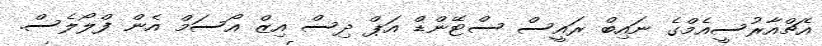
އެޗްއާރުސީއެމްގެ ނައިބް ރައީސް ސްޓޭންޑް އަޕް ދިސް އިޒް އޯސަމް އެން ފްލޯލެސް.